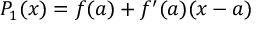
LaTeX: P _ { 1 } ( x ) = f ( a ) + f ^ { \prime } ( a ) ( x - a )